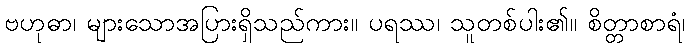
ဗဟုဓာ၊ များသောအပြားရှိသည်ကား။ ပရဿ၊ သူတစ်ပါး၏။ စိတ္တာစာရံ၊